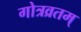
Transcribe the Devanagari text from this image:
गोत्रव्रतम्